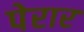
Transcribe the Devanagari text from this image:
पेरार